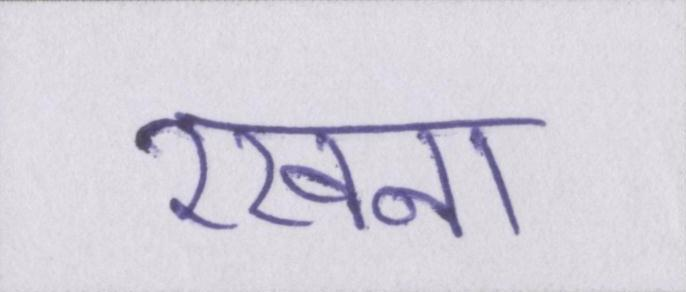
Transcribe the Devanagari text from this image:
रखना